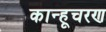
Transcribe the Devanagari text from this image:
कान्हूचरण